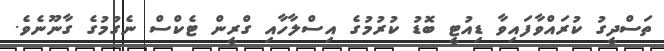
ތަސްދީގު ކުރައްވާފައިވާ ޑިއުޓީ ބޮޑު ކުރުމުގެ އިސްލާހާއި ގްރީން ޓެކްސް ނެގުމުގެ ގާނޫނެވެ.